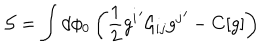
{ \cal S } = \int d \phi _ { 0 } \left( \frac { 1 } { 2 } { g ^ { i } } ^ { \prime } { \cal G } _ { i j } { g ^ { j } } ^ { \prime } - C [ g ] \right)